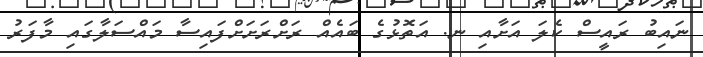
ނައިބު ރައީސް ކެލަ އަށާއި ނ. އަތޮޅުގެ ބައެއް ރަށްރަށަށްފައިސާ މައްސަލާގައި މާފަރު